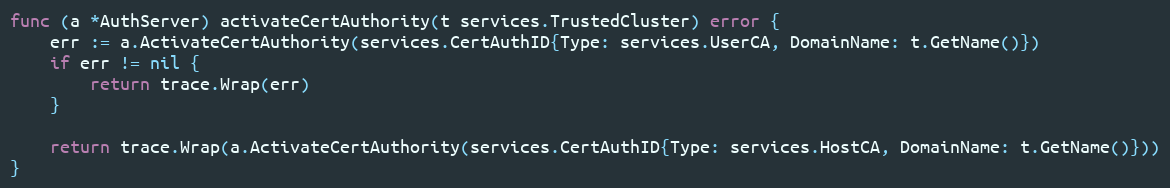
Language: Go
func (a *AuthServer) activateCertAuthority(t services.TrustedCluster) error {
	err := a.ActivateCertAuthority(services.CertAuthID{Type: services.UserCA, DomainName: t.GetName()})
	if err != nil {
		return trace.Wrap(err)
	}

	return trace.Wrap(a.ActivateCertAuthority(services.CertAuthID{Type: services.HostCA, DomainName: t.GetName()}))
}